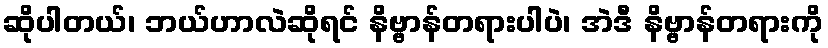
ဆိုပါတယ်၊ ဘယ်ဟာလဲဆိုရင် နိဗ္ဗာန်တရားပါပဲ၊ အဲဒီ နိဗ္ဗာန်တရားကို